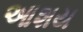
આશય